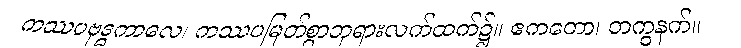
ကဿပဗုဒ္ဓကာလေ၊ ကဿပမြတ်စွာဘုရားလက်ထက်၌။ ဧကတော၊ တကွနက်။